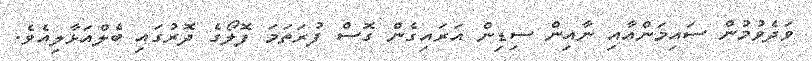
ވަދެވުމުން ސައިމަންއާއި ނާއިން ސިޑިން އަރައިގެން ގޮސް ފުރަތަމަ ފޮލޯގެ ދޮރުގައި ބެލްއަޅާލިއެވެ.